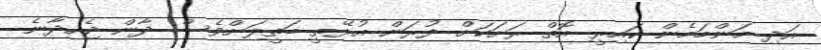
އަދި މަންމަމެން ކައިރީ އޮތް ރަށަކަށް ފުރަން އުޅޭތީ ބަތީލަށްވެސް ދާން ޖެހިދާނެ